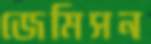
জেমিসন